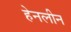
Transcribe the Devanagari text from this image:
हेनलीन